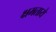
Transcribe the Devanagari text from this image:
क्षमताये